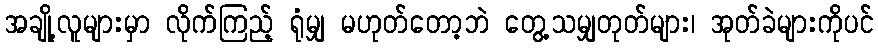
အချို့လူများမှာ လိုက်ကြည့် ရုံမျှ မဟုတ်တော့ဘဲ တွေ့သမျှတုတ်များ၊ အုတ်ခဲများကိုပင်